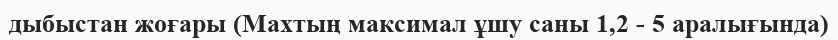
дыбыстан жоғары (Махтың максимал ұшу саны 1,2 - 5 аралығында)